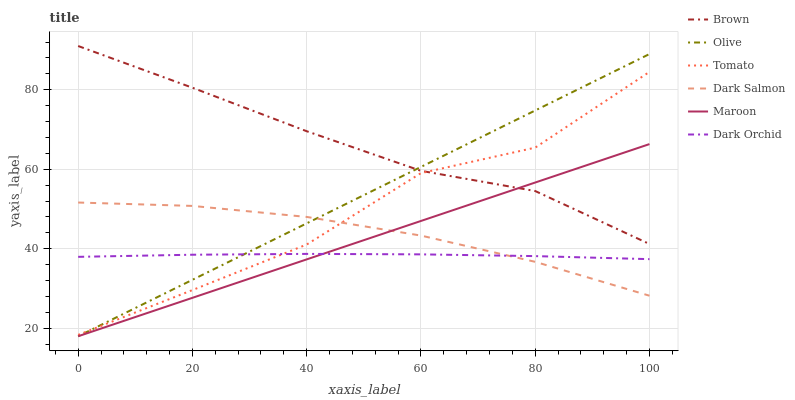
| xaxis_label | Brown | Olive | Tomato | Dark Salmon | Maroon | Dark Orchid |
 | --- | --- | --- | --- | --- | --- | --- |
 | 0 | 91 | 18 | 18.3 | 51.6 | 18 | 38 |
 | 20 | 80.5 | 32.2 | 29.6 | 50.8 | 27.7 | 38.5 |
 | 40 | 69.6 | 46.4 | 41.1 | 48 | 37.3 | 38.7 |
 | 60 | 59.6 | 60.6 | 59 | 43.3 | 47 | 38.6 |
 | 80 | 54.5 | 74.8 | 65.4 | 36.7 | 56.7 | 38.2 |
 | 100 | 41.2 | 89 | 84.5 | 28.2 | 66.3 | 37.4 |